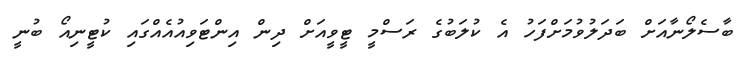
ބާސެލޯނާއަށް ބަދަލުވުމަށްފަހު އެ ކުލަބުގެ ރަސްމީ ޓީވީއަށް ދިން އިންޓަވިއުއެއްގައި ކުޓީނިއޯ ބުނީ